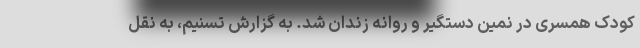
کودک همسری در نمین دستگیر و روانه زندان شد. به گزارش تسنیم، به نقل